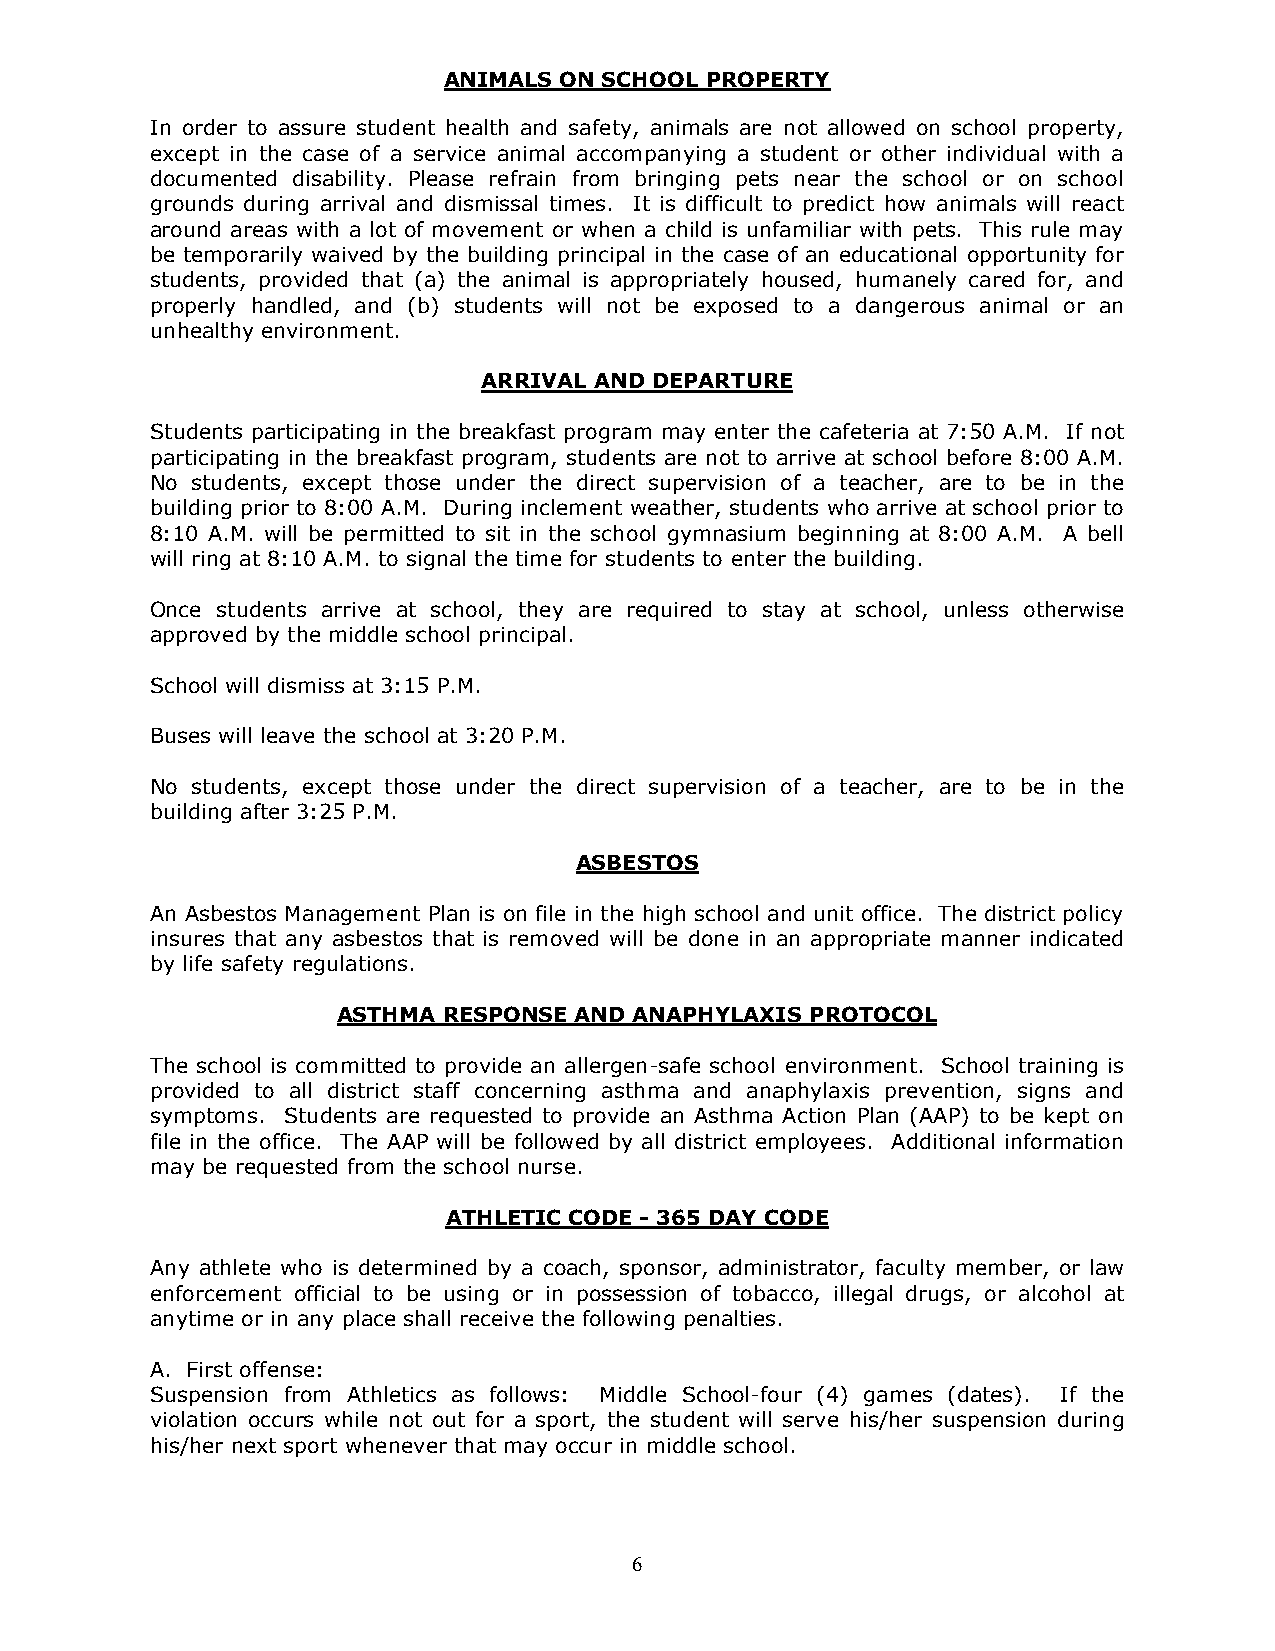
ANIMALS ON SCHOOL PROPERTY
 In order to assure student health and safety, animals are not allowed on school property,
 except in the case of a service animal accompanying a student or other individual with a
 documented disability. Please refrain from bringing pets near the school or on school
 grounds during arrival and dismissal times. It is difficult to predict how animals will react
 around areas with a lot of movement or when a child is unfamiliar with pets. This rule may
 be temporarily waived by the building principal in the case of an educational opportunity for
 students, provided that (a) the animal is appropriately housed, humanely cared for, and
 properly handled, and (b) students will not be exposed to a dangerous animal or an
 unhealthy environment.
 ARRIVAL AND DEPARTURE
 Students participating in the breakfast program may enter the cafeteria at 7:50 A.M. If not
 participating in the breakfast program, students are not to arrive at school before 8:00 A.M.
 No students, except those under the direct supervision of a teacher, are to be in the
 building prior to 8:00 A.M. During inclement weather, students who arrive at school prior to
 8:10 A.M. will be permitted to sit in the school gymnasium beginning at 8:00 A.M. A bell
 will ring at 8:10 A.M. to signal the time for students to enter the building.
 Once students arrive at school, they are required to stay at school, unless otherwise
 approved by the middle school principal.
 School will dismiss at 3:15 P.M.
 Buses will leave the school at 3:20 P.M.
 No students, except those under the direct supervision of a teacher, are to be in the
 building after 3:25 P.M.
 ASBESTOS
 An Asbestos Management Plan is on file in the high school and unit office. The district policy
 insures that any asbestos that is removed will be done in an appropriate manner indicated
 by life safety regulations.
 ASTHMA RESPONSE AND ANAPHYLAXIS PROTOCOL
 The school is committed to provide an allergen-safe school environment. School training is
 provided to all district staff concerning asthma and anaphylaxis prevention, signs and
 symptoms. Students are requested to provide an Asthma Action Plan (AAP) to be kept on
 file in the office. The AAP will be followed by all district employees. Additional information
 may be requested from the school nurse.
 ATHLETIC CODE - 365 DAY CODE
 Any athlete who is determined by a coach, sponsor, administrator, faculty member, or law
 enforcement official to be using or in possession of tobacco, illegal drugs, or alcohol at
 anytime or in any place shall receive the following penalties.
 A. First offense:
 Suspension from Athletics as follows: Middle School-four (4) games (dates). If the
 violation occurs while not out for a sport, the student will serve his/her suspension during
 his/her next sport whenever that may occur in middle school.
 6